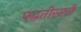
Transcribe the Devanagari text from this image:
पद्धतीसाठी